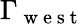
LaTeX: \Gamma_{\mathrm{~w~e~s~t~}}